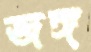
জঙ্গ